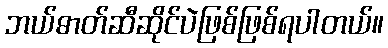
ဘယ်ဓာတ်ဆီဆိုင်ပဲဖြစ်ဖြစ်ရပါတယ်။